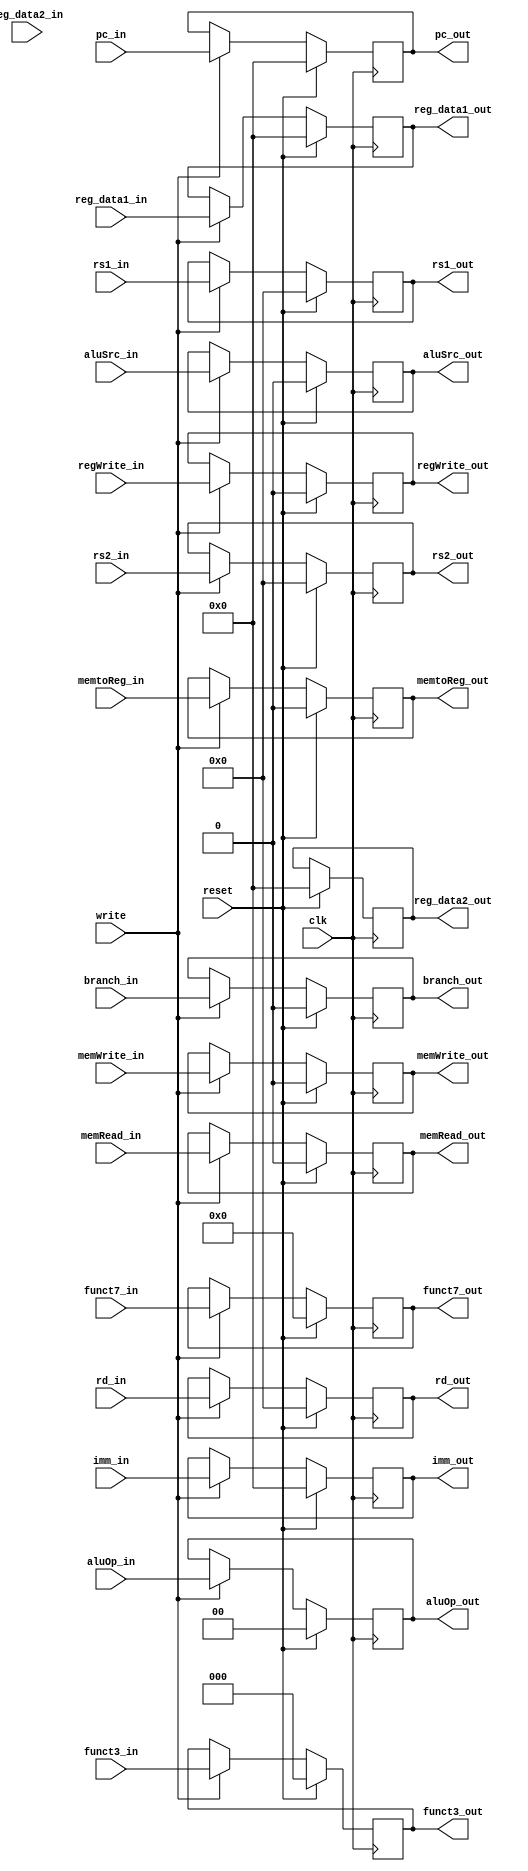
module ID_EX_reg(input clk, reset, write,
                 input [31:0] pc_in, reg_data1_in, reg_data2_in,
                 input [4:0] rs1_in, rs2_in, rd_in,
                 input [1:0] aluOp_in,
                 input aluSrc_in,
                 input memRead_in, memWrite_in, branch_in, memtoReg_in, regWrite_in,
                 input [2:0] funct3_in,
                 input [6:0] funct7_in,
                 input [31:0] imm_in,
                 output reg [31:0] pc_out, reg_data1_out, reg_data2_out,
                 output reg [4:0] rs1_out, rs2_out, rd_out,
                 output reg [1:0] aluOp_out,
                 output reg aluSrc_out,
                 output reg memRead_out, memWrite_out, branch_out, memtoReg_out, regWrite_out,
                 output reg [2:0] funct3_out,
                 output reg [6:0] funct7_out,
                 output reg [31:0] imm_out);
                 
always@(posedge clk) begin
    if(reset) begin
        pc_out <= 32'b0;
        reg_data1_out <= 32'b0;
        reg_data2_out <= 32'b0;
        rs1_out <= 5'b0;
        rs2_out <= 5'b0;
        rd_out <= 5'b0;
        aluOp_out <= 2'b0;
        aluSrc_out <= 0;
        memRead_out <= 0;
        memWrite_out <= 0;
        branch_out <= 0;
        memtoReg_out <= 0;
        regWrite_out <= 0;
        funct3_out <= 3'b0;
        funct7_out <= 7'b0;
        imm_out <= 32'b0;
    end
    else begin
        if(write) begin
            pc_out <= pc_in;
            reg_data1_out <= reg_data1_in;
            reg_data2_out <= reg_data2_out;
            rs1_out <= rs1_in;
            rs2_out <= rs2_in;
            rd_out <= rd_in;
            aluOp_out <= aluOp_in;
            aluSrc_out <= aluSrc_in;
            memRead_out <= memRead_in;
            memWrite_out <= memWrite_in;
            branch_out <= branch_in;
            memtoReg_out <= memtoReg_in;
            regWrite_out <= regWrite_in;
            funct3_out <= funct3_in;
            funct7_out <= funct7_in;
            imm_out <= imm_in;
        end
    end
end

endmodule